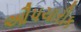
ઔપચારીક